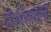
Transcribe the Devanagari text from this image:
टीओवाईपी